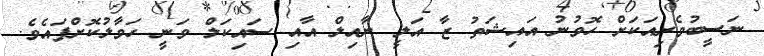
ނަސީބުވެރިއަކަށް ހޮވުނު އައިޝަތު ޒާ އަލީ ނާއިލް އާއި ސައިކަލް ވަނީ ހަވާލުކޮށްފައެވެ.